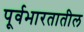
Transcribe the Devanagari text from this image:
पूर्वभारतातील